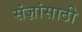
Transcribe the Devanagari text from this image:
संज्ञांसाठी